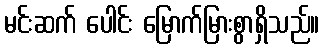
မင်းဆက် ပေါင်း မြောက်မြားစွာရှိသည်။